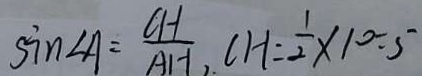
\sin \angle A = \frac { C H } { A H } , C H = \frac { 1 } { 2 } \times 1 0 = 5